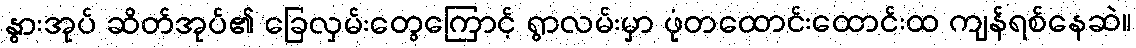
နွားအုပ် ဆိတ်အုပ်၏ ခြေလှမ်းတွေကြောင့် ရွာလမ်းမှာ ဖုံတထောင်းထောင်းထ ကျန်ရစ်နေဆဲ။